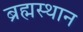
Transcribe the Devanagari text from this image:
ब्रह्मस्थान